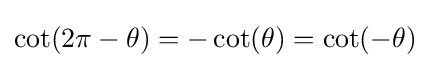
\cot(2\pi -\theta )=-\cot(\theta )=\cot(-\theta )